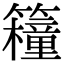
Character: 𥷈